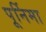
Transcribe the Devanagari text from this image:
पूर्निमा